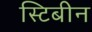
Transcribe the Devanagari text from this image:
स्टिबीन